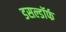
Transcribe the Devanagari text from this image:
डसल्डॉर्फ